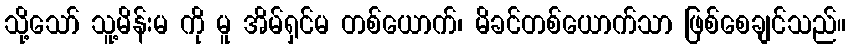
သို့သော် သူ့မိန်းမ ကို မူ အိမ်ရှင်မ တစ်ယောက်၊ မိခင်တစ်ယောက်သာ ဖြစ်စေချင်သည်။